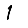
Digit: 1